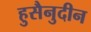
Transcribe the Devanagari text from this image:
हुसैनुदीन